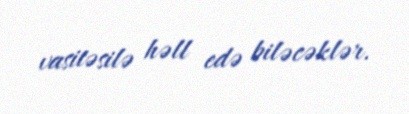
vasitəsilə həll edə biləcəklər.